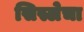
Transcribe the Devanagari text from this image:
सिस्लेचा